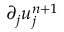
\partial _ { j } u _ { j } ^ { n + 1 }